Report on vaccination in Madras 1895-1903 - 1895-1903
Year: 1895
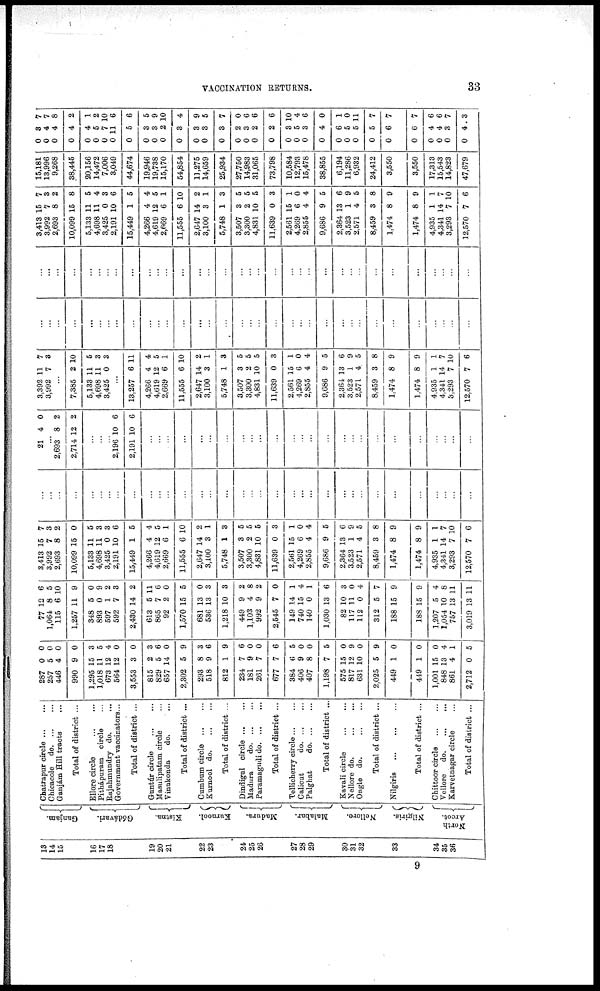
VACCINATION RETURNS.
33
13
14
15
16
17
18
19
20
21
22
23
24
25
26
27
28
29
30
31
32
33
34
35
36
Ganjam.
Gódávari.
Kistna.
Kurnool.
Madura.
Malabar.
Nellore.
Nilgiris.
North
Arcot.
Chatrapur circle ... ...
Chicacole
do. ... ...
Ganjám Hill tracts ...
Total of district ...
Ellore circle
...
...
Pithápuram circle ...
Rajahmundry do. ...
Government vaccinators...
Total of district ...
Guntúr circle
...
...
Masulipatam circle ...
Vinukonda
do.
...
Total of district ...
Cumbum circle
...
...
Kurnool
do. ... ...
Total of district ...
Dindigul circle ... ...
Madura
do. ... ...
Paramagudi do. ... ...
Total of district ...
Tellicherry circle ... ...
Calicut
do. ... ...
Palghat
do. ... ...
Total of district ...
Kavali circle ... ...
Nellore do.
...
...
Ongle do. ... ...
Total of district ...
Nilgiris
...
...
...
Total of district ...
Chittoor circle
...
...
Vellore
do. ... ...
Karvetnagar circle ...
Total of district ...
287
257
446
990
1,295
1,018
673
564
3,553
815
829
657
2,302
293
518
812
234
181
261
677
384
406
407
1,198
575
817
631
2,025
449
449
1,001
848
861
2,712
0
5
4
9
15
11
12
12
3
2
5
14
5
8
9
1
7
9
7
7
6
9
8
7
15
12
10
5
1
1
15
13
4
0
0
0
0
0
3
5
4
0
0
3
6
0
9
3
6
9
6
0
0
6
5
0
0
5
0
9
0
9
0
0
0
4
1
5
77
1,064
115
1,257
348
893
597
592
2,430
613
865
92
1,570
681
536
1,218
449
1,103
992
2,545
149
740
140
1,030
82
117
112
312
188
188
1,207
1,054
757
3,019
12
8
6
11
5
0
1
7
14
5
7
2
15
13
13
10
9
4
9
7
14
15
0
13
10
11
0
5
15
15
5
10
13
13
6
5
10
9
0
9
2
3
2
11
6
0
5
0
3
3
2
8
2
0
1
4
1
6
3
0
4
7
9
9
4
8
11
11
3,413
3,992
2,693
10,099
5,133
4,698
3,425
2,191
15,449
4,266
4,619
2,669
11,555
2,647
3,100
5,748
3,507
3,300
4,831
11,639
2,561
4,269
2,855
9,686
2,364
3,523
2,571
8,459
1,474
1,474
4,935
4,341
3,293
12,570
15
7
8
15
11
11
0
10
1
4
12
6
6
14
3
1
3
2
10
0
15
6
4
9
13
1
4
3
8
8
1
14
7
7
7
3
2
0
5
3
3
6
5
4
5
1
10
2
1
3
5
5
5
3
1
0
4
5
6
9
5
8
9
9
1
7
10
6
...
...
...
...
...
...
...
...
...
...
...
...
...
...
...
...
...
...
...
...
...
...
...
...
...
...
...
...
...
...
...
...
...
...
21 4 0
...
2,693
2,714
8
12
2
2
...
...
...
2,196
2,191
10
10
6
6
...
...
...
...
...
...
...
...
...
...
...
...
...
...
...
...
...
...
...
...
...
...
...
...
...
3,392
3,992
11
7
7
3
...
7,385
5,133
4,698
3,425
2
11
11
0
10
5
3
3
...
13,257
4,266
4,619
2,669
11,555
2,647
3,100
5,748
3,507
3,300
4,831
11,639
2,561
4,269
2,855
9,686
2,364
3,523
2,571
8,459
1,474
1,474
4,935
4,341
3,293
12,570
6
4
12
6
6
14
3
1
3
2
10
0
15
6
4
9
13
1
4
3
8
8
1
14
7
7
11
4
5
1
10
2
1
3
5
5
5
3
1
0
4
5
6
9
5
8
9
9
1
7
10
6
...
...
...
...
...
...
...
...
...
...
...
...
...
...
...
...
...
...
...
...
...
...
...
...
...
...
...
...
...
...
...
...
...
...
...
...
...
...
...
...
...
...
...
...
...
...
...
...
...
...
...
...
...
...
...
...
...
...
...
...
...
...
...
...
...
...
...
...
3,413
3,992
2,693
10,099
5,133
4,698
3,425
2,191
15,449
4,266
4,619
2,669
11,555
2,647
3,100
5,748
3,507
3,300
4,831
11,639
2,561
4,269
2,855
9,686
2,364
3,523
2,571
8,459
1,474
1,474
4,935
4,341
3,293
12,570
15
7
8
15
11
11
0
10
1
4
12
6
6
14
3
1
3
2
10
0
15
6
4
9
13
1
4
3
8
8
1
14
7
7
7
3
2
8
5
4
3
6
5
4
5
1
10
2
1
3
5
5
5
3
1
0
4
5
6
9
5
8
9
9
1
7
10
6
15,181
13,996
9,268
38,445
20,156
14,472
7,006
3,049
44,674
19,946
19,738
15,170
54,854
11,275
14,659
25,934
27,750
14,983
31,065
73,798
10,584
12,793
15,478
38,855
6,194
11,286
6,932
24,412
3,550
3,550
17,313
15,543
14,823
47,679
0 0
0
0
0
0
0
0
0
0
0
0
0
0
0
0
0
0
0
0
0
0
0
0
0
0
0
0
0
0
0
0
0
0
3
4
4
4
4
5
7
11
5
3
3
2
3
3
3
3
2
3
2
2
3
5
3
4
6
5
5
5
6
6
4
4
3
4
7
7
8
2
1
2
10
6
6
5
9
10
4
9
5
7
0
6
6
6
10
4
6
0
1
0
11
7
7
7
6
6
7
3
9